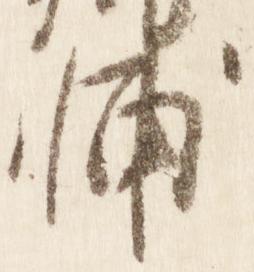
卿